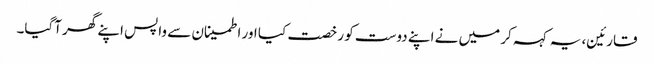
قارئین، یہ کہہ کر میں نے اپنے دوست کو رخصت کیا اور اطمینان سے واپس اپنے گھر آگیا۔